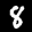
Label: 8